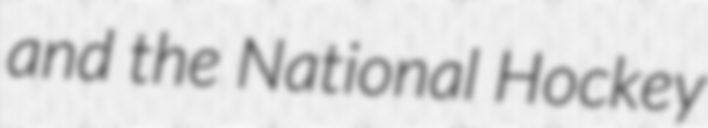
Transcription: and the National Hockey